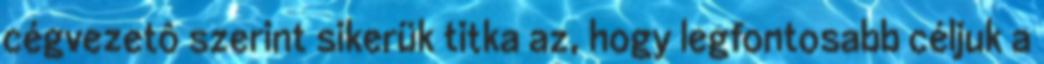
cégvezetô szerint sikerük titka az, hogy legfontosabb céljuk a